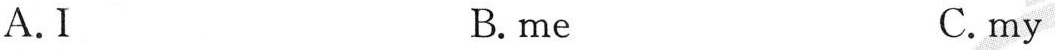
A. I B.me C. my